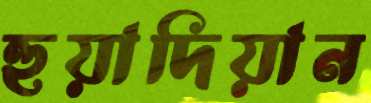
হুয়াদিয়ান